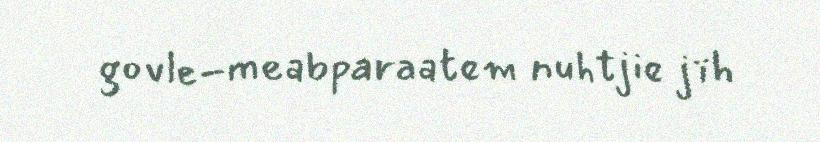
govle-meabparaatem nuhtjie jïh